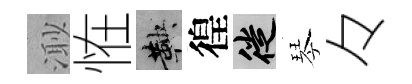
𣺌恠鞅徨徙琴々